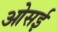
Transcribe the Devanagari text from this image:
ओसई